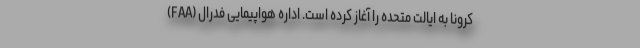
کرونا به ایالت متحده را آغاز کرده است. اداره هواپیمایی فدرال (FAA)